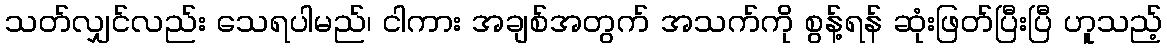
သတ်လျှင်လည်း သေရပါမည်၊ ငါကား အချစ်အတွက် အသက်ကို စွန့်ရန် ဆုံးဖြတ်ပြီးပြီ ဟူသည့်